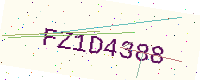
Text: FZ1D4388